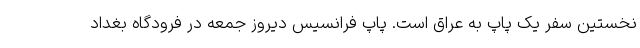
نخستین سفر یک پاپ به عراق است. پاپ فرانسیس دیروز جمعه در فرودگاه بغداد